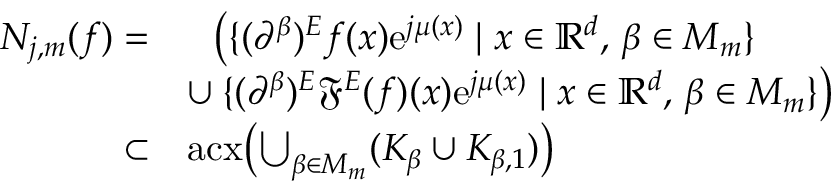
\begin{array} { r l } { N _ { j , m } ( f ) = } & { \phantom { \cup } \bigl ( \{ ( \partial ^ { \beta } ) ^ { E } f ( x ) \mathrm { e } ^ { j \mu ( x ) } \; | \; x \in \mathbb { R } ^ { d } , \, \beta \in M _ { m } \} } \\ & { \cup \: \{ ( \partial ^ { \beta } ) ^ { E } \mathfrak { F } ^ { E } ( f ) ( x ) \mathrm { e } ^ { j \mu ( x ) } \; | \; x \in \mathbb { R } ^ { d } , \, \beta \in M _ { m } \} \bigr ) } \\ { \subset } & { \operatorname { a c x } \bigl ( \bigcup _ { \beta \in M _ { m } } ( K _ { \beta } \cup K _ { \beta , 1 } ) \bigr ) } \end{array}